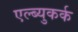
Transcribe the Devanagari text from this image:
एल्ब्युकर्क